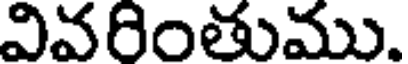
వివరింతుము.